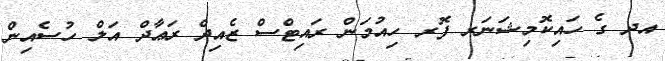
އދ ގެ ހައިކޮމިޝަނަރ ފޮރ ހިއުމަން ރައިޓްސް ޒެއިދް ރަޢާދް އަލް ހުސެއިން